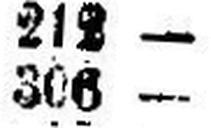
306 —